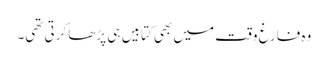
وہ فارغ وقت میں بھی کتابیں ہی پڑھا کرتی تھی۔